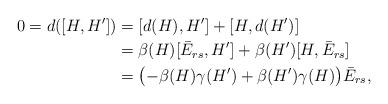
LaTeX: \begin{align*}0=d([H,H'])&=[d(H),H']+[H,d(H')]\\ &= \beta(H)[\bar E_{rs},H']+ \beta(H')[H,\bar E_{rs}]\\ &=\bigl(-\beta(H)\gamma(H')+\beta(H')\gamma(H)\bigr)\bar E_{rs},\end{align*}